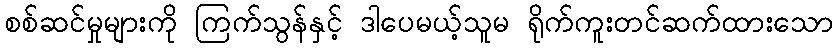
စစ်ဆင်မှုများကို ကြက်သွန်နှင့် ဒါပေမယ့်သူမ ရိုက်ကူးတင်ဆက်ထားသော